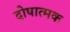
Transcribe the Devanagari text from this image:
दोषात्मक